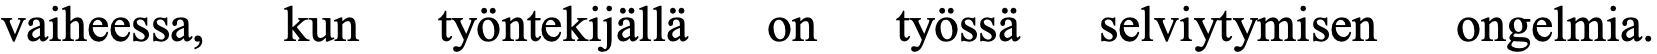
vaiheessa, kun työntekijällä on työssä selviytymisen ongelmia.